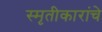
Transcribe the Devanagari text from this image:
स्मृतीकारांचे